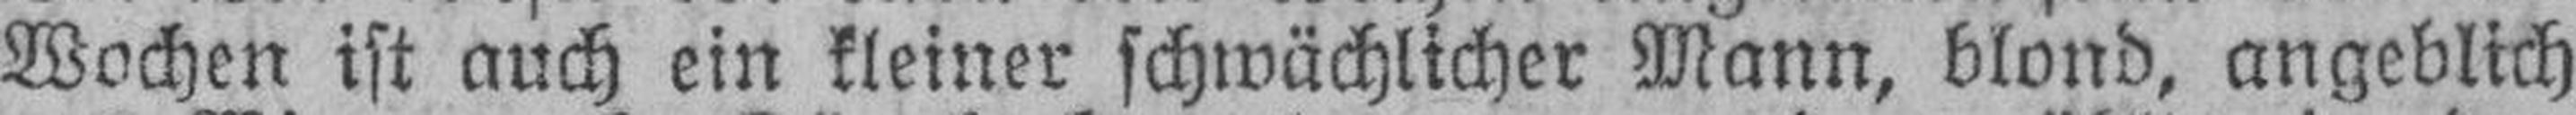
Wochen ist auch ein kleiner schwächlicher Mann, blond, angeblich